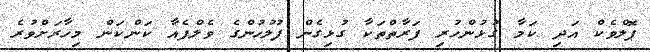
ޕޮލްވެކް އަދި ކަމާ ގުޅުންހުރި ފަރާތްތަކާ ގުޅިގެން ފުލުހުންގެ ވެލްފެއާ ކަންކަން މިހާރަށްވުރެ